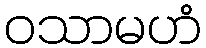
ဝသာမဟံ